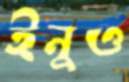
ইনুও